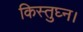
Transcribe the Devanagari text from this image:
किस्तुघ्न।